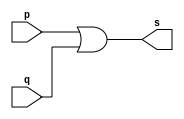
// ------------------------- 
//--Construir a tabela_verdade para a porta OR com 3 entradas. 
//--Obs.: Criar um mdulo que use outros mdulos OR de 2 entradas.        
//----------------------------- 
// Exercicio10 - OR 
// Nome: Milton costa teles da silva

// ---------------------
// -- or gate
// ---------------------

module orgate (s, p, q );
 output s;
 input  p, q;

 assign s = p | q ;

endmodule // orgate

// ---------------------
// -- orTriplo gate
// ---------------------

module orTriplogate(s , p , q , t);
 input   p, q , t;
 wire tmp;
 output  s;
          // instancia
 orgate OR1 (tmp, p, q  );
 orgate OR2 (s , tmp , t  );
 
 endmodule // orTriplo
 

// ---------------------
// -- test or gate
// ---------------------

module testorTriplogate;
 reg   a, b , c;
 wire  s ;
          // instancia
 orTriplogate OR3 (s, a , b , c  );
 
//-----------parte principal

 initial begin:start 
a=0; b=0; c=0;
end 


 initial begin:main 
      $display("Exercicio10 -  Milton teles da silva - 002751");
      $display("Test OR gate");
      $display("\na | b | c  = s\n");
  
 $monitor("%b %b %b = %b" ,  a , b , c , s);     
      #1 a=0; b=0; c=1;
      #1 a=0; b=1; c=0;
      #1 a=0; b=1; c=1;
		#1 a=1; b=0; c=0;
		#1 a=1; b=0; c=1;
		#1 a=1; b=1; c=0;
		#1 a=1; b=1; c=1;

 end
endmodule // testnandgate